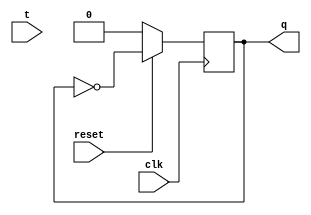
`timescale 1ns / 1ps
//////////////////////////////////////////////////////////////////////////////////
// Company: 
// Engineer: 
// 
// Design Name: 
// Module Name: T flipflop
// Project Name: 
// Target Devices: 
// Tool Versions: 
// Description: 
// 
// Dependencies: 
// 
// Revision:
// Revision 0.01 - File Created
// Additional Comments:
// 
//////////////////////////////////////////////////////////////////////////////////


module Tflipflop(q,clk,reset,t);
input clk,reset;
input t;
output reg q;
always @(posedge clk)
begin
if(!reset) q<=1'b0;
else begin

q<=~q;

end
end
endmodule